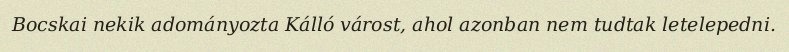
Bocskai nekik adományozta Kálló várost, ahol azonban nem tudtak letelepedni.